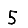
Digit: 5